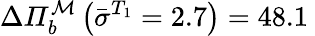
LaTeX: \Delta\mathit{\Pi}_{b}^{\mathcal{M}}\left(\bar{\sigma}^{T_{1}}=2.7\right)=48.1\